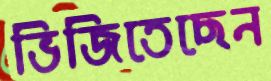
ভিজিতেছেন